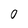
Character: 0